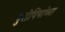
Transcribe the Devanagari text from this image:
युरोपियांच्या